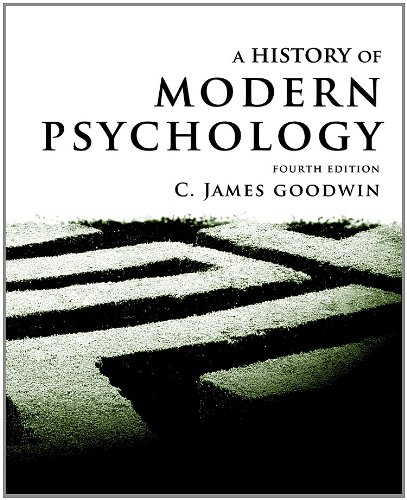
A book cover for A History of Modern Psychology, 4th Edition; C. James Goodwin; Medical Books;